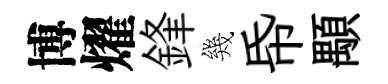
博燿鋒幾帋顒